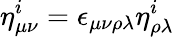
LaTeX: \eta_{\mu\nu}^{i}=\epsilon_{\mu\nu\rho\lambda}\eta_{\rho\lambda}^{i}